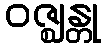
ဝဇ္ဈန္တု